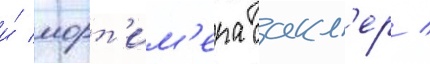
и́ морт'им'ера сакл'ер /